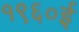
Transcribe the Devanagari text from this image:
१९६०ई